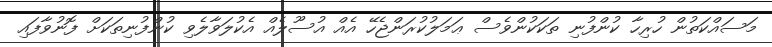
މަސައްކަތުން ހުރިހާ ކުންފުނި ތަކަކުންވެސް ޢަމަލުކުރަންޖެހޭ އެއް އުސޫލެއް އެކުލަވާލެވި ކުންފުނިތަކަށް ފޮނުވާފައި